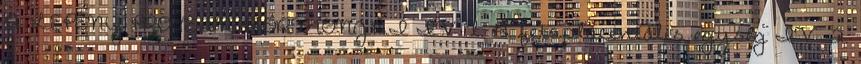
A LEPÉNY PROTEIN HORMONJAI IV l. A fetoplacentális egység IV 2.